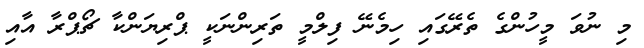
މި ނުވަ މީހުންގެ ތެރޭގައި ހިމެނޭ ފިލްމީ ތަރިންނަކީ ޕްރިޔަންކާ ޗޯޕްރާ އާއި